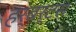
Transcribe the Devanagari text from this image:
हर्बर्टस